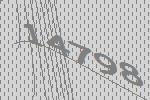
14798